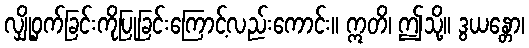
လျှို့ဝှက်ခြင်းကိုပြုခြင်းကြောင့်လည်းကောင်း။ ဣတိ၊ ဤသို့။ ဒွယန္တော၊